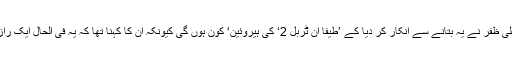
تاہم علی ظفر نے یہ بتانے سے انکار کر دیا کے ’طیفا ان ٹربل 2‘ کی ہیروئین‘ کون ہوں گی کیونکہ ان کا کہنا تھا کہ یہ فی الحال ایک راز ہے۔